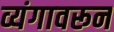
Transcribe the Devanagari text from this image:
व्यंगावरून